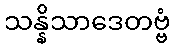
သန္နိသာဒေတဗ္ဗံ